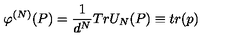
\varphi ^ { \left( N \right) } ( P ) = \frac { 1 } { d ^ { N } } T r U _ { N } ( P ) \equiv t r ( p )